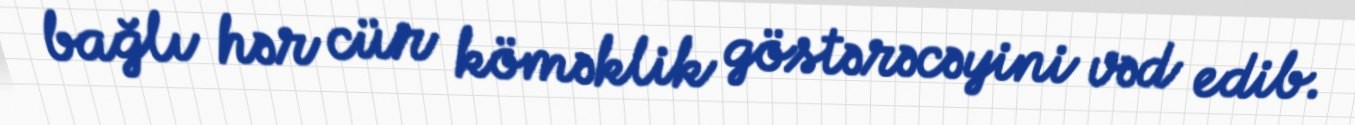
bağlı hər cür köməklik göstərəcəyini vəd edib.